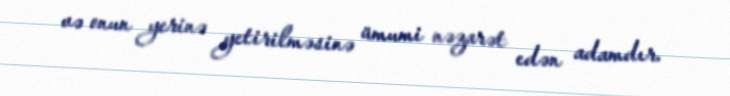
və onun yerinə yetirilməsinə ümumi nəzarət edən adamdır.